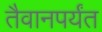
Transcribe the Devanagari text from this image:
तैवानपर्यंत